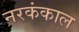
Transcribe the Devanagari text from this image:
नरकंकाल